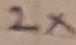
Text: 2X